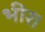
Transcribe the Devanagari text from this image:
भीर।